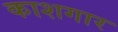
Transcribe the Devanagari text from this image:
काशगार